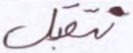
نتقبل